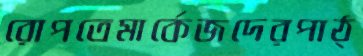
রোপতেমার্কেজদেরপাঠ্